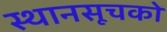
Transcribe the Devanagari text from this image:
स्थानसूचकों